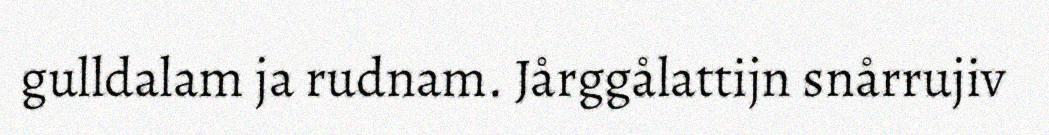
gulldalam ja rudnam. Jårggålattijn snårrujiv